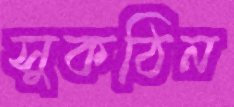
সুকঠিন